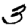
Digit: 3